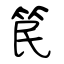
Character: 笢